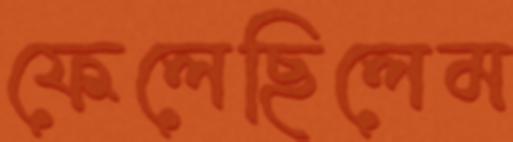
ফেলেছিলেম